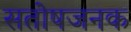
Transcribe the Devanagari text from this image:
सतोषजनक